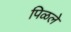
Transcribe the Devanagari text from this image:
पिळले